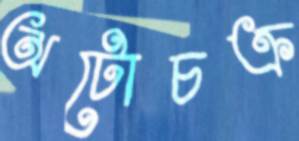
অটোচক্র